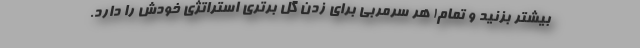
بیشتر بزنید و تمام! هر سرمربی برای زدن گل برتری استراتژی خودش را دارد.